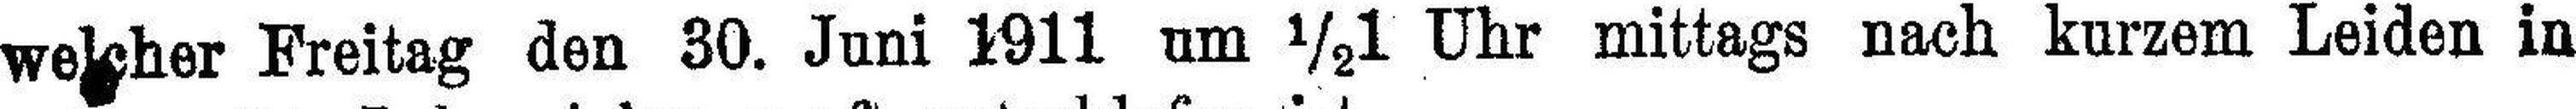
welcher Freitag den 30. Juni 1911 um ½1 Uhr mittags nach kurzem Leiden in